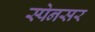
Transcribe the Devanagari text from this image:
स्पेनसर